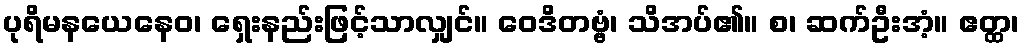
ပုရိမနယေနေဝ၊ ရှေးနည်းဖြင့်သာလျှင်။ ဝေဒိတဗ္ဗံ၊ သိအပ်၏။ စ၊ ဆက်ဦးအံ့။ ဧတ္ထ၊